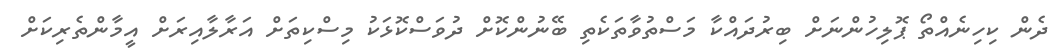
ދެން ކިހިނެއްތޯ ޕޮލިހުންނަށް ބިރުދައްކާ މަސްތުވާތަކެތި ބޭނުންކޮށް ދުވަސްކޮޅަކު މިސްކިތަށް އަރާލާއިރަށް އީމާންތެރިކަށް